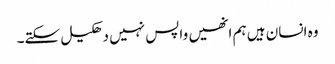
وہ انسان ہیں ہم انھیں واپس نہیں دھکیل سکتے۔